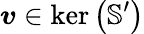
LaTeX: \boldsymbol{\mathit{v}}\in\ker\left(\mathbb{{S}}^{\prime}\right)